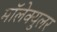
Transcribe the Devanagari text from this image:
मॉलेक्‍युलर